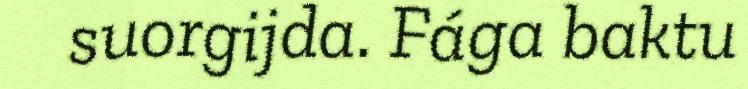
suorgijda. Fága baktu